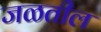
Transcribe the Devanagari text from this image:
जळतील